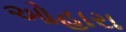
ઓહારા